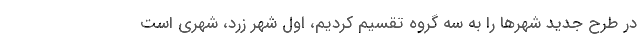
در طرح جدید شهرها را به سه گروه تقسیم کردیم، اول شهر زرد، شهری است